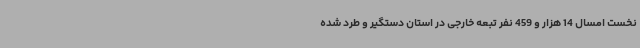
نخست امسال 14 هزار و 459 نفر تبعه خارجی در استان دستگیر و طرد شده